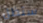
ستظل